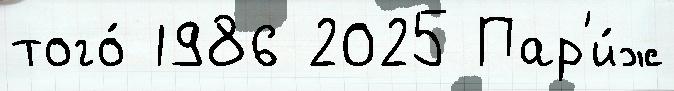
того́ 1986 2025 Пар'и́ж